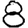
Digit: 8